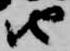
由